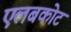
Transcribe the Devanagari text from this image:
एलबकोट